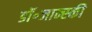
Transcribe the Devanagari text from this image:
डॉ॰जान्स्की